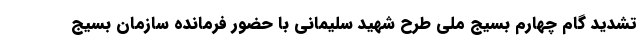
تشدید گام چهارم بسیج ملی طرح شهید سلیمانی با حضور فرمانده سازمان بسیج